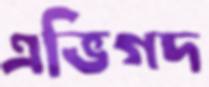
এভিগদ